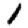
Digit: 1